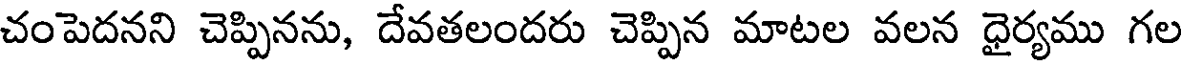
చంపెదనని చెప్పినను, దేవతలందరు చెప్పిన మాటల వలన ధైర్యము గల